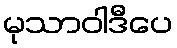
မုသာဝါဒီပေ